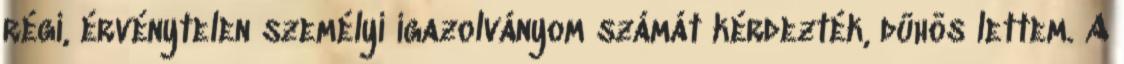
régi, érvénytelen személyi igazolványom számát kérdezték, dühös lettem. A